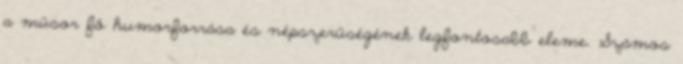
a műsor fő humorforrása és népszerűségének legfontosabb eleme. Számos